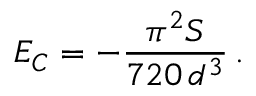
E _ { C } = - \frac { \pi ^ { 2 } S } { 7 2 0 \, d ^ { 3 } } \, .